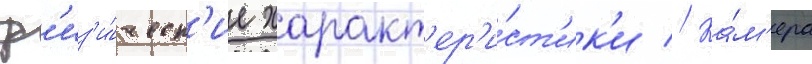
ф'из'и́ческ'ие характ'ер'и́ст'ик'и // Ка́м'ера